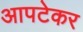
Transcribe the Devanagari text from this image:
आपटेकर